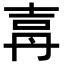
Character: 𡔤